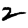
Digit: 2